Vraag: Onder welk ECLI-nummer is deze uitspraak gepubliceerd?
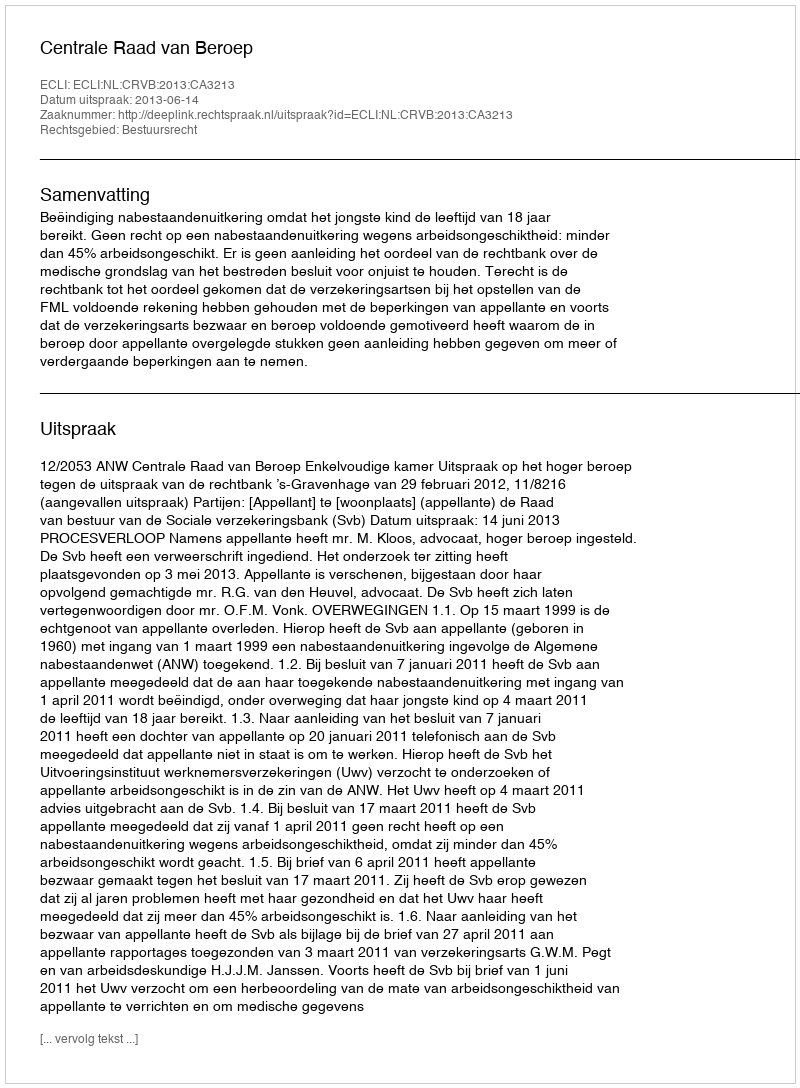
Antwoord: ECLI:NL:CRVB:2013:CA3213